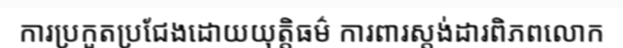
ការប្រកួតប្រជែងដោយយុត្តិធម៌ ការពារស្តង់ដារពិភពលោក